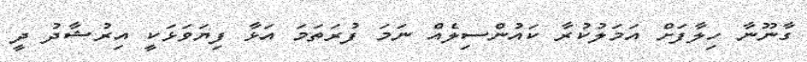
ގާނޫނާ ހިލާފަށް އަމަލުކުރާ ކައުންސިލެއް ނަމަ ފުރަތަމަ އަޅާ ފިޔަވަޅަކީ އިރުޝާދު ދީ